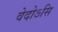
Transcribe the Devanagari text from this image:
वेदोऽसि